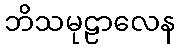
ဘိသမုဠာလေန